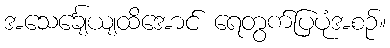
အသေင်္ချေယျထိအောင် ရေတွက်ပြပုံအစဉ်။